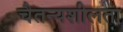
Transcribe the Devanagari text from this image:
चैतन्यशीलता